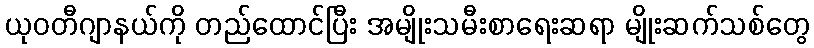
ယုဝတီဂျာနယ်ကို တည်ထောင်ပြီး အမျိုးသမီးစာရေးဆရာ မျိုးဆက်သစ်တွေ